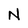
Character: N